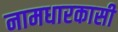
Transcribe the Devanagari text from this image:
नामधारकासी